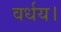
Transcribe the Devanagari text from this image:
वर्धय।